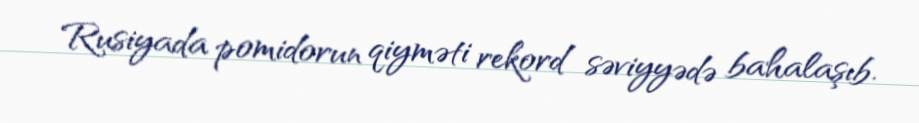
Rusiyada pomidorun qiyməti rekord səviyyədə bahalaşıb.